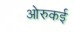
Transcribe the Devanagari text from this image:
ओरुकई